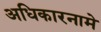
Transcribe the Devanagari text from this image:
अधिकारनामे